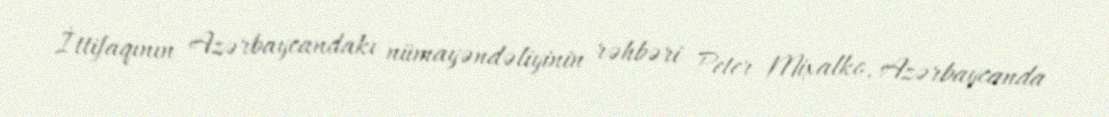
İttifaqının Azərbaycandakı nümayəndəliyinin rəhbəri Peter Mixalko, Azərbaycanda